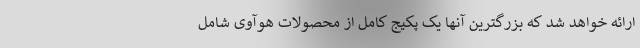
ارائه خواهد شد که بزرگترین آنها یک پکیج کامل از محصولات هوآوی شامل